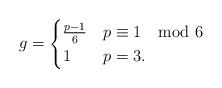
LaTeX: \begin{align*} g=\begin{cases} \frac{p-1}{6}&p\equiv1\mod 6\\ 1&p=3. \end{cases}\end{align*}